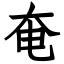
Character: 奄